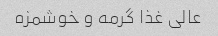
عالی غذا گرمه و خوشمزه